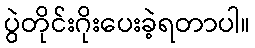
ပွဲတိုင်းဂိုးပေးခဲ့ရတာပါ။